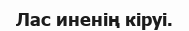
Лас иненің кіруі.